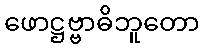
ဖောဋ္ဌဗ္ဗာဓိဘူတော